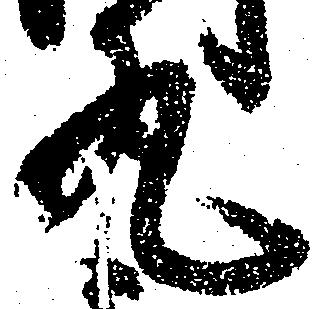
丸